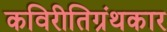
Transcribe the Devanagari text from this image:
कविरीतिग्रंथकार